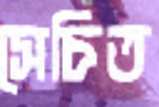
সেচিত